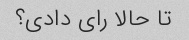
تا حالا رای دادی؟